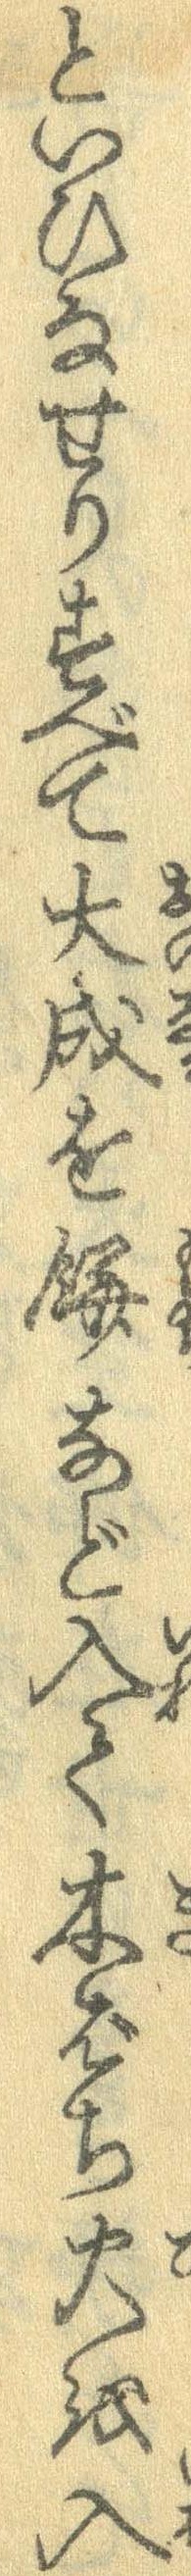
といひなせりすべて大成を餅など入て木ばち火を入